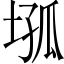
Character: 𡍢